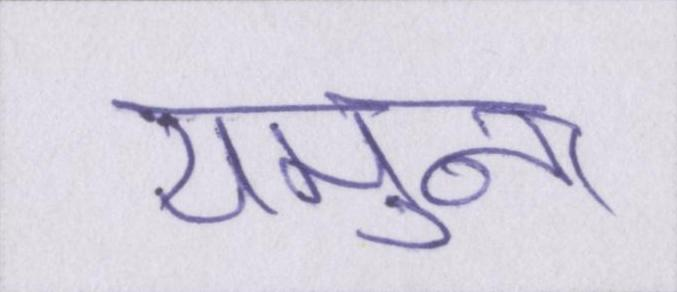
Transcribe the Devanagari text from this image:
यमुना